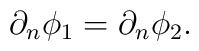
\partial_n \phi_1 = \partial_n \phi_2.